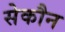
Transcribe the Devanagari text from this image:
सेकौन